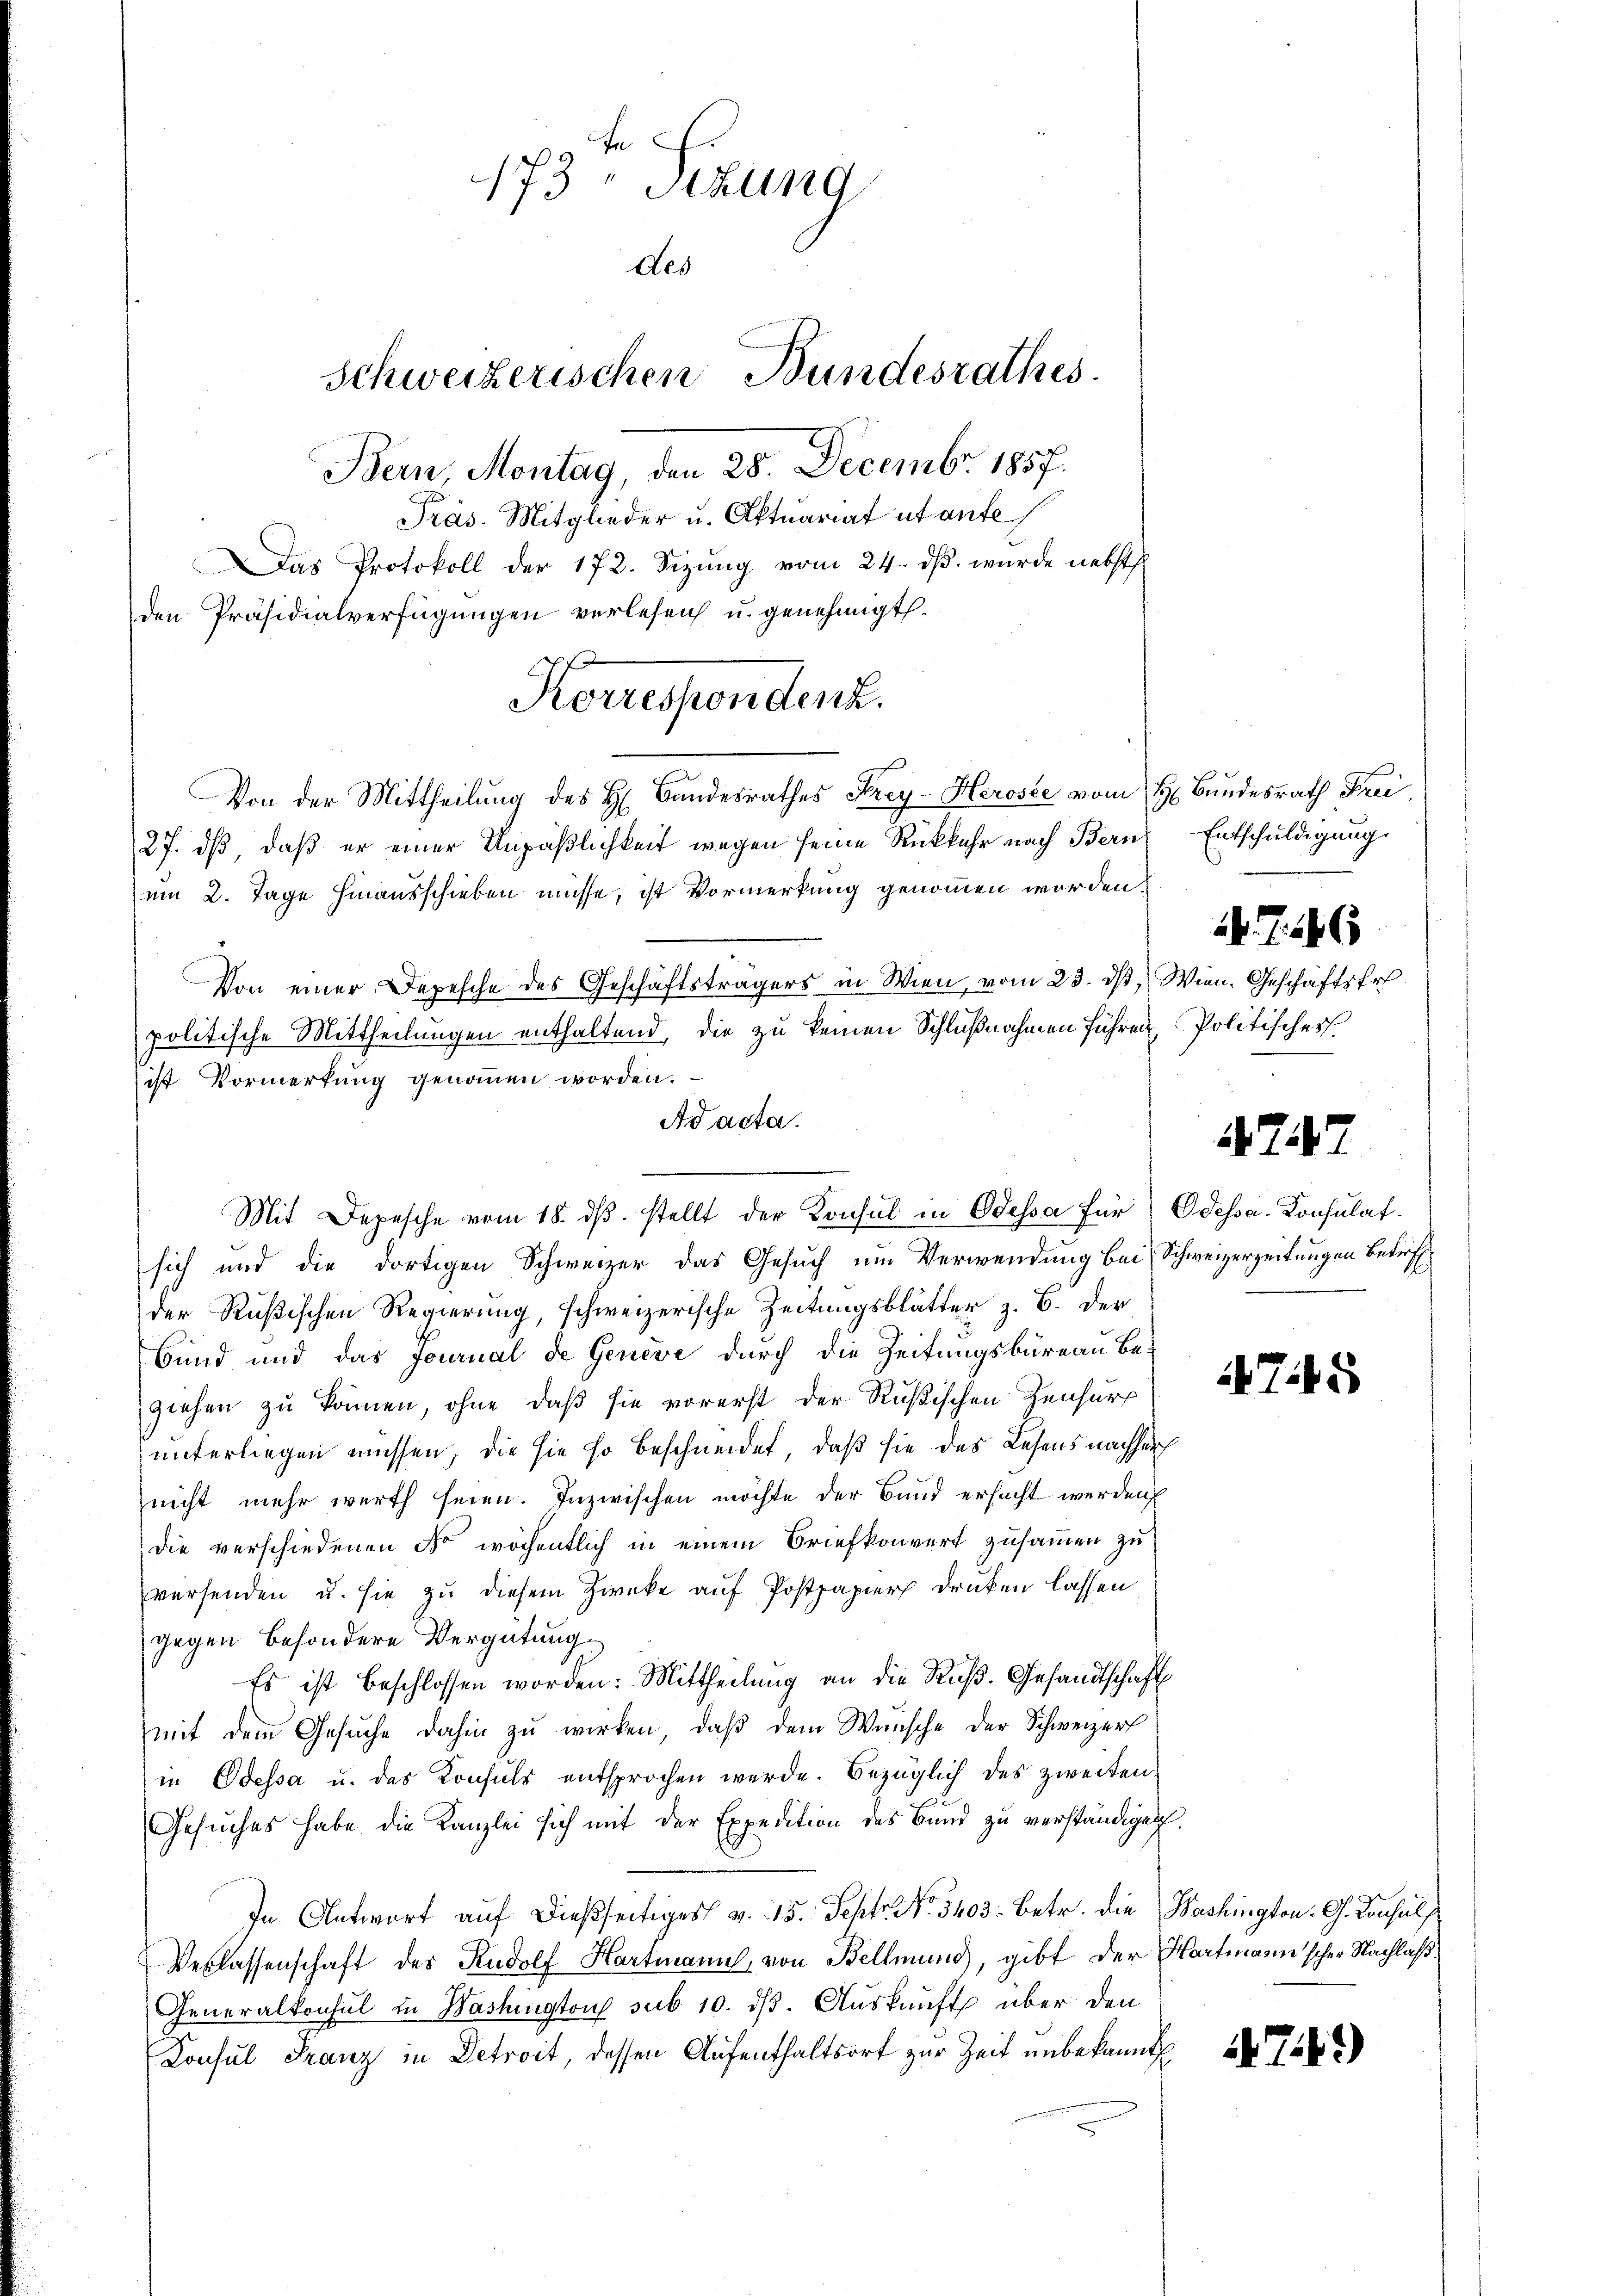
te
173 Stzung
des
Schweizerischen Bundesrathes.
Bern, Montag, den 28. Decembr. 1857.
Präs. Mitglieder u. Aktuariat utante

Das Protokoll der 172. Sizung vom 24. dß. wurde nebst
den Präsidialverfügungen verlesen u. genehmigt.
27. dß daß er einer Unpäßlichkeit wegen seine Rückkehr nach Bern Entschuldigung
um 2. Tage hinausschieben müsse, ist Vormerkung genommen worden,
Von einer Depesche des Geschäftsträgers in Wien, vom 23. ds, Wien. Geschäftsfr
politische Mittheilungen enthaltend, die zu keinen Schlußnahmen führen, Politisches
ist Vormerkung genommen worden.
Ad acta.
sich und die dortigen Schweizer das Gesuch um Verwendung bei Schweizerzeitungen Betreff
der Rußischen Regierung, schweizerische Zeitungsblätter z. B. der
3
Bund und das Journal de Genève durch die Zeitungsbureau be-
ziehen zu können, ohne daß sie vorerst der Rußischen Zensur
unterliegen müssen, die sie so beschneidet, daß sie des Lehens nachsuch
nicht mehr werth seien. Inzwischen möchte der Bund ersucht werden
die verschiedenen No wöchentlich in einem Briefkonvert zusammen zu
versenden u. sie zu diesem Zwecke auf Postpapier drücken lassen
gegen besondere Vergütung
Es ist beschlossen worden: Mittheilŭng an die Rŭβ. Gesandtschaft
mit dem Gesuche dahin zu wirken, daß dem Wunsche der Schweizer
in Odessa u. das Konsuls entsprochen werde. Bezüglich des zweiten
Gesuches habe die Kanzlei sich mit der Expedition des Bund zu verständiget.
In Antwort auf dießseitiges v. 15. Sehtr. No. 3403. betr. die Washington. G. Konsul
Verlassenschaft des Rudolf Hartmann, von Bellmund, gibt der Hartmann'scher Nachlaß
Generalkonsul in Washington sub 10. dβ. Auskunft über den
Konsul Franz in Detroit, dessen Aufenthaltsort zur Zeit unbekannt

Korrespondenz.
Von der Mittheilung des H. Bandesrathes Frey-Heröste vom H: Bundesrath Frei,

Mit Depesche vom 18. dβ. stellt der Konsul in Odessa für Odessa. Konsulat

747

6

1745

79)